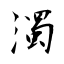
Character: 濁